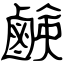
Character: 鹸